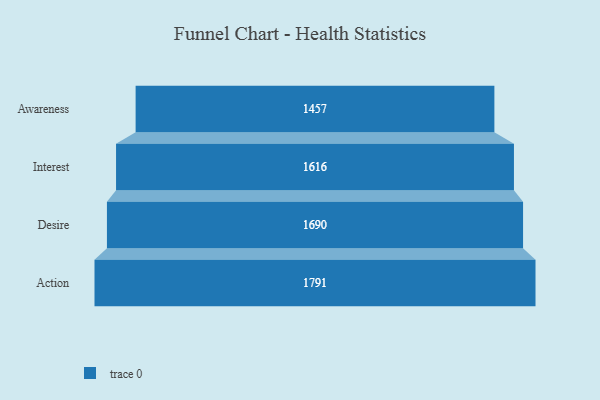
{"axis": {"x": "Stage", "y": "Value"}, "legend": [""], "data": [{"x": "Awareness", "y": 1457.0, "type": ""}, {"x": "Interest", "y": 1616.0, "type": ""}, {"x": "Desire", "y": 1690.0, "type": ""}, {"x": "Action", "y": 1791.0, "type": ""}]}